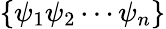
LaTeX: \{ \psi_{1}\psi_{2}\cdots\psi_{n}\}